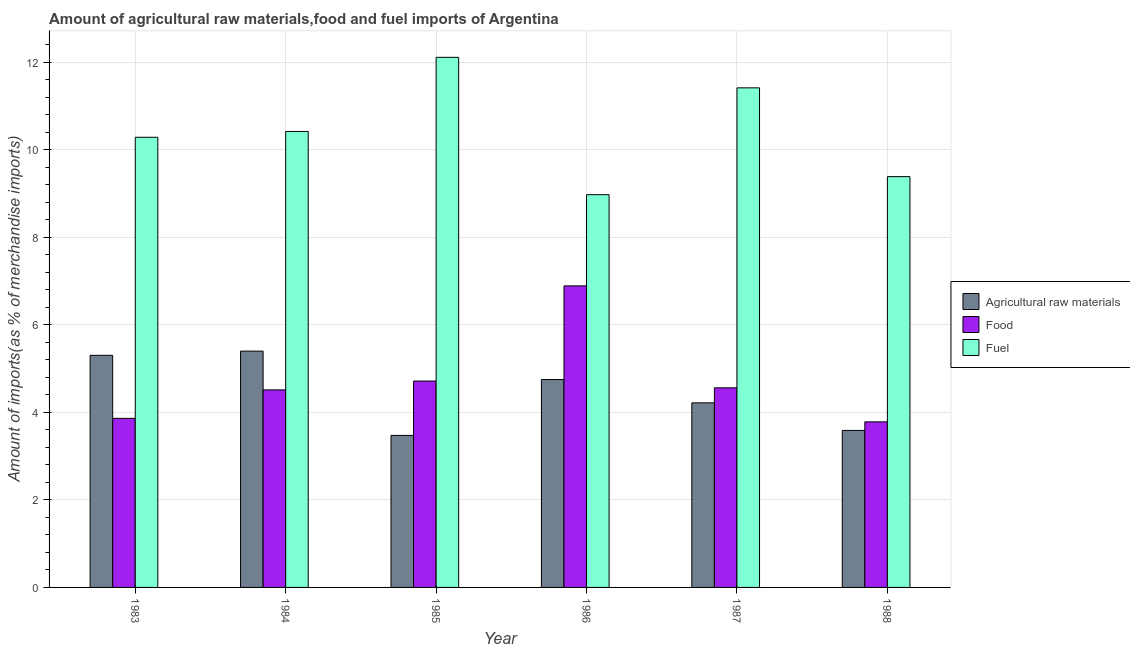
| Year | Agricultural raw materials | Food | Fuel |
 | --- | --- | --- | --- |
 | 1983 | 5.3 | 3.86 | 10.3 |
 | 1984 | 5.4 | 4.51 | 10.4 |
 | 1985 | 3.47 | 4.72 | 12.1 |
 | 1986 | 4.75 | 6.89 | 8.98 |
 | 1987 | 4.22 | 4.56 | 11.4 |
 | 1988 | 3.59 | 3.78 | 9.39 |